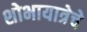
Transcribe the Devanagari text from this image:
शोभायात्रेचे